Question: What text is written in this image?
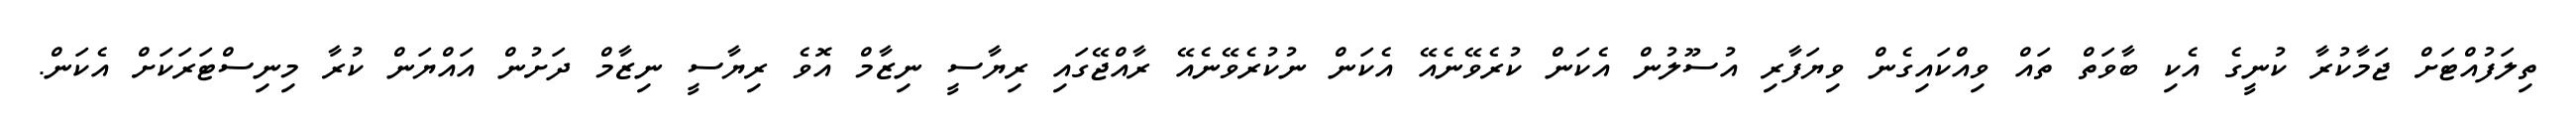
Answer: ތިލަފުއްޓަށް ޖަމާކުރާ ކުނީގެ އެކި ބާވަތް ތައް ވިއްކައިގެން ވިޔަފާރި އުސޫލުން އެކަން ކުރެވޭނެއޭ އެކަން ނުކުރެވޭނެއޭ ރާއްޖޭގައި ރިޔާސީ ނިޒާމް އޮވެ ރިޔާސީ ނިޒާމް ދަށުން އައްޔަން ކުރާ މިނިސްޓަރަކަށް އެކަން.